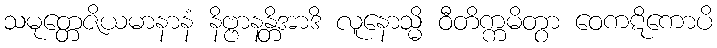
သမုတ္တေဇိယမာနာနံ နိဗ္ဗာနန္တိအာဒိ လူနောသ္မိ ဝီတိက္ကမိတွာ ဝေကဋိကောပိ